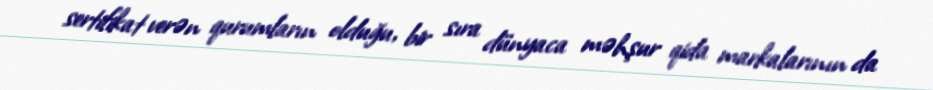
sertifikat verən qurumların olduğu, bir sıra dünyaca məhşur qida markalarının da